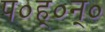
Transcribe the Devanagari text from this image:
प०ह्०न्०